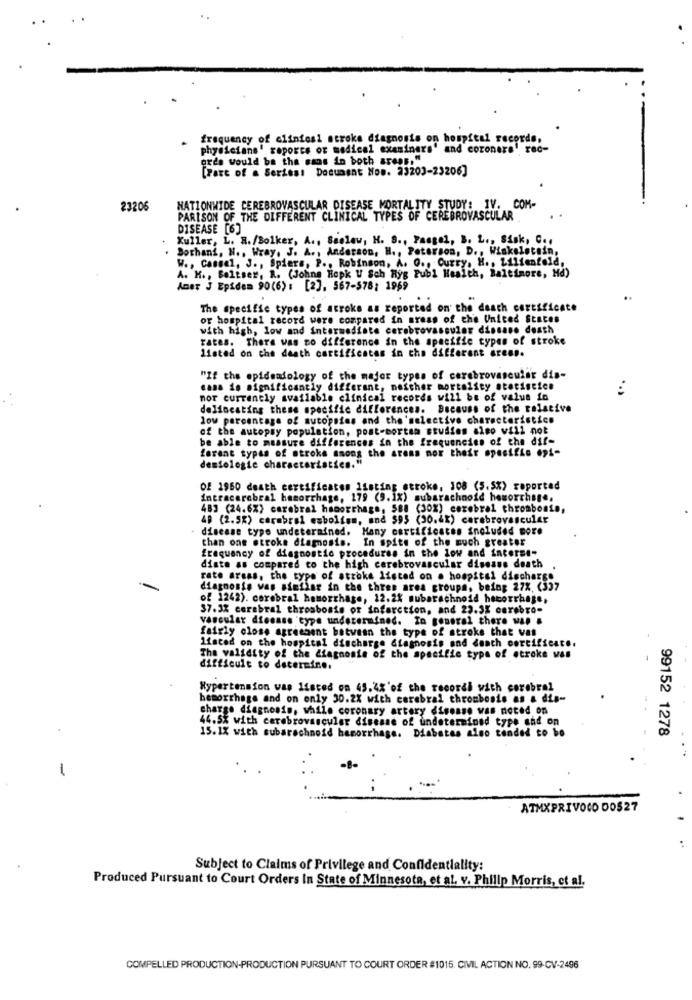
frequency of clinical stroke diagnosis on hospital records,
physicians' reports of medical examiners' and coronars' rec-
ords would be tha sans in both areas,"
[Part of a Series: Document Now. 23203-23206]
23206
NATIONWIDE CEREBROVASCULAR DISEASE MORTALITY STUDY: IV. COM-
PARISON OF THE DIFFERENT CLINICAL TYPES OF CEREBROVASCULAR
DISEASE [6]
Kuller, L. R. /Bolker, A ., Seolaw, H. S ., Pangel, B. L ., Sisk, C ..
Bothani, N ., Wray, J. A ., Anderson, H ., Peterson, D ., Winkelstein,
W ., Cansel, J ., Spiera, P .. Robinson, A. O ., Curry, H ., Lilienfeld,
A. H ., Baliser, R. (Johns Hopku Sch Ryg Publ Health, Baltimore, Md)
Amer J Epidem 90(6) : [2], 567-578; 1969
..
The specific types of acroke as reported on the death certificate
or hospital record were compared in areas of the United States
with high, low and intermediate cerebrovascular disease death
rates. There was no difference in the specific types of stroke
listed on the death certificates in the different areas.
"If the epideadology of the major types of cerebrovascular dis-
casa is significantly different, neither mortality statistics
nor currently available clinical records will be of value in
deliocating these specific differences. Because of the relative
low percentage of autopsias and the 'selective characteristics
of the autopsy population, post-mortem studies also will not
be able to measure differences in the frequencies of the dif-
forene types of stroke among the areas mor their spesifis epi-
desiologie characteristics."
Of 1960 death certificates listing stroke, 108 (5.5%) reported
Intracerebral hemorrhage, 179 (9.1%) subarachnoid hemorrhage.
483 (24.6%) carebral hemorrhage, 588 (30%) cerebral thrombosis,
49 (2.5%) carabral esbolism, and $95 (30.4%) cerebrovascular
disease type undetermined. Many certificates included more
than one stroke diagnosis. In spite of the much greater
frequency of diagnostic procedures in the low and interme-
diste as compared to the high cerebrovascular disease death
rate areas, the type of stroke listed on a hospital discharge
diagnosis was similar in the three area groups, being 27%, (337
of 1242). corebral hemorrhage, 12.2% subarachnoid hecorrhage,
37.3% cerebral thrombosis or infarction, and 22.3% cerebro-
vascular disease type undetermined. In general there was a
fairly close agreement between the type of stroke that vas
listed on the hospital discharge diagnosis and death certificate.
The validity of the diagnosis of the specific type of otroke was
difficult to determine.
Hypertension was Ifsted on 45.4%'of the recordi with cerebral
hemorrhage and on only 30.2X with cerebral thrombosis as & dis-
charge diagnosis, while coronary artery disease was noted on
44.5% with cerebrovascular disease of undetermined type and on
99152 1278
15. 1X with subarachnoid hemorrhage. Diabetes also tended to bo
-
ATMXPRIVOCO DOS27
Subject to Claims of Privilege and Confidentiality:
Produced Pursuant to Court Orders In State of Minnesota, et al. v. Philip Morris, et al.
COMPELLED PRODUCTION-PRODUCTION PURSUANT TO COURT ORDER #1015. CIVIL ACTION NO. 99-CV-2496